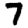
Digit: 7